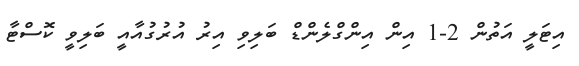
އިޓަލީ އަތުން 2-1 އިން އިންގްލެންޑް ބަލިވި އިރު އުރުގުއާއީ ބަލިވީ ކޮސްޓާ